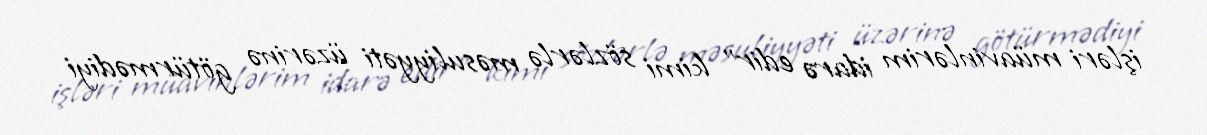
işləri müavinlərim idarə edir” kimi sözlərlə məsuliyyəti üzərinə götürmədiyi